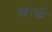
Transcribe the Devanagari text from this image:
खार्फ